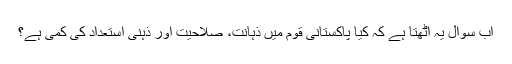
اب سوال یہ اٹھتا ہے کہ کیا پاکستانی قوم میں ذہانت، صلاحیت اور ذہنی استعداد کی کمی ہے؟